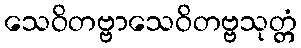
သေဝိတဗ္ဗာသေဝိတဗ္ဗသုတ္တံ